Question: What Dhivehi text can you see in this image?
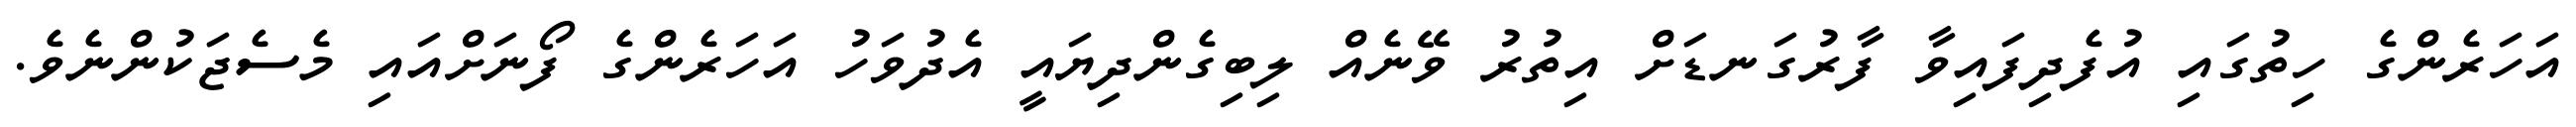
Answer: އަހަރެންގެ ހިތުގައި އުފެދިފައިވާ ފާރުގަނޑަށް އިތުރު ވޭނެއް ލިބިގެންދިޔައީ އެދުވަހު އަހަރެންގެ ފޯނަށްއައި މެސެޖަކުންނެވެ.